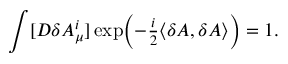
\int [ { \cal D } \delta A _ { \mu } ^ { i } ] \exp \Bigl ( - { \textstyle \frac { i } { 2 } } \langle \delta A , \delta A \rangle \Bigr ) = 1 .